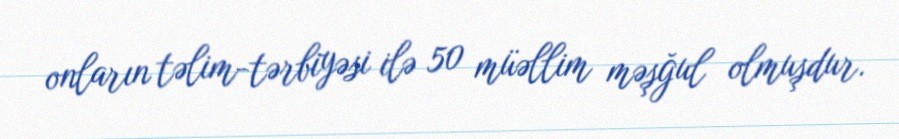
onların təlim-tərbiyəsi ilə 50 müəllim məşğul olmuşdur.